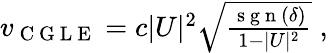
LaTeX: \begin{array}{r}{v_{\mathrm{~C~G~L~E~}}=c|U|^{2}\sqrt{\frac{\mathrm{~s~g~n~}(\delta)}{1-|U|^{2}}}\; ,}\end{array}